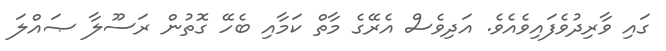
ގައި ވާރިދުވެފައިވެއެވެ. އަދިވެސް އެރޭގެ މާތް ކަމާއި ބެހޭ ގޮތުން ރަސޫލާ ޞައްލަ